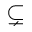
\subsetneq